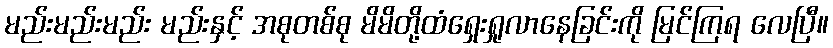
မည်းမည်းမည်း မည်းနှင့် အစုတစ်စု မိမိတို့ထံရှေးရှုလာနေခြင်းကို မြင်ကြရ လေပြီ။